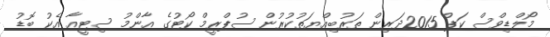
މޯލްޑިވްސް ކަޕް 2015ދަރިން ތަރުބިއްޔަތުކުރުން ސުޕްރީމް ކޯޓުގެ އާންމު ސިޓީއާ އެކު ބޮޑު